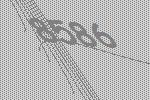
8586